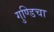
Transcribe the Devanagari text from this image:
गुण्डिचा